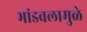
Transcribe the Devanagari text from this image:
भांडवलामुळे